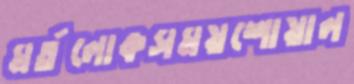
মর্তলোকসময়শোয়াল